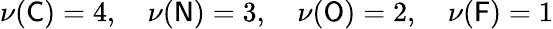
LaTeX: \nu(\textsf{C})=4,\quad\nu(\textsf{N})=3,\quad\nu(\textsf{O})=2,\quad\nu(\textsf{F})=1